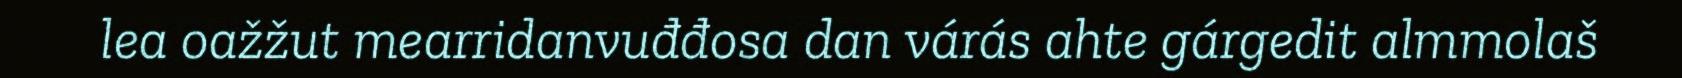
lea oažžut mearridanvuđđosa dan várás ahte gárgedit almmolaš